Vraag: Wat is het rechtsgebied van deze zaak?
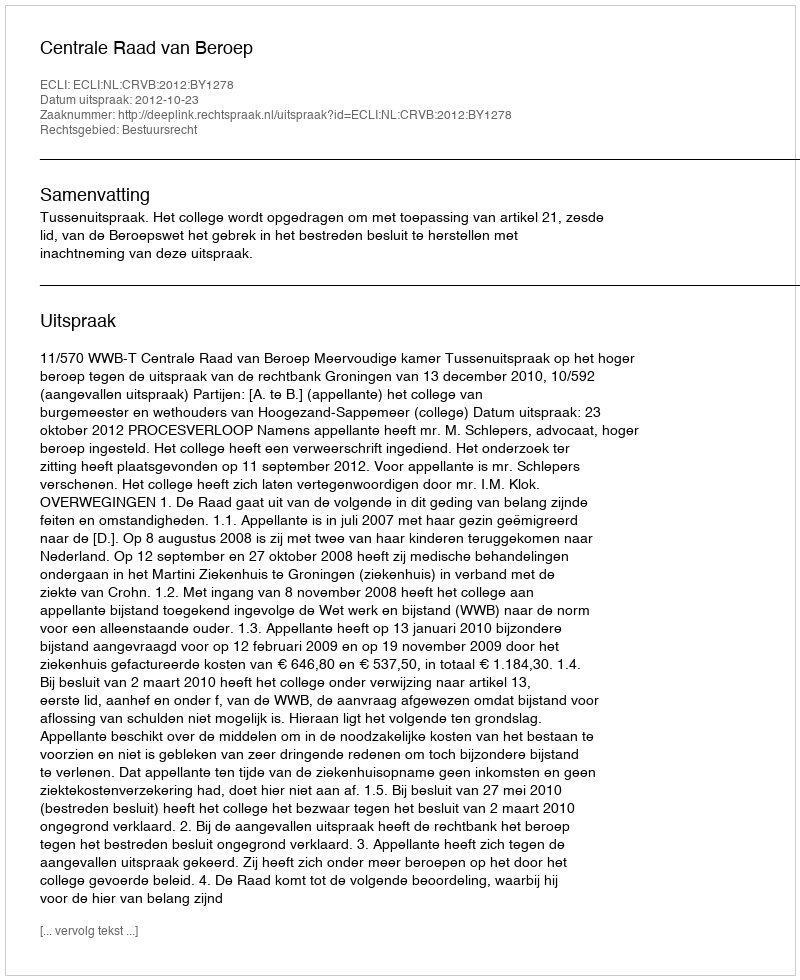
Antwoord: Bestuursrecht